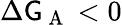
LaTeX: \Delta\mathsf{G}_{\mathrm{{~A~}}}<0